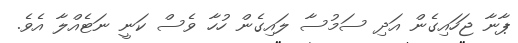
ޕާނާ ޖަހައިގެން އަދި ސަމުސާ ލައިގެން ހުހާ ވެސް ކަނީ ނަޓެއްލާ އެވެ.